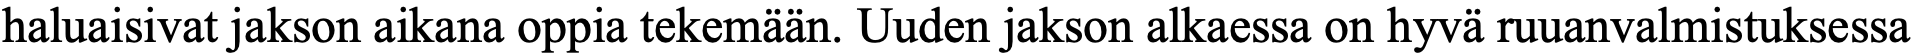
haluaisivat jakson aikana oppia tekemään. Uuden jakson alkaessa on hyvä ruuanvalmistuksessa